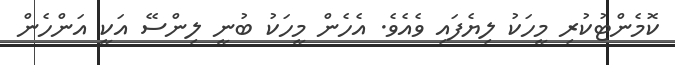
ކޮމެންޓުކުރި މީހަކު ލިޔެފައި ވެއެވެ. އެހެން މީހަކު ބުނީ ލިންސޭ އަކީ އަންހެން